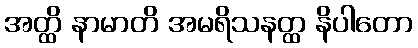
အတ္ထိ နာမာတိ အမရိသနတ္ထ နိပါတော